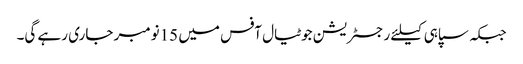
جبکہ سپاہی کیلئے رجسٹریشن جوٹیال آفس میں 15نومبر جاری رہے گی۔